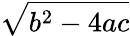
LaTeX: \sqrt{b^{2}-4ac}